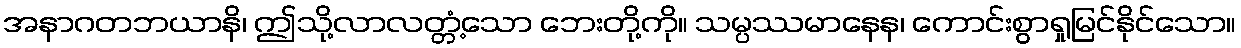
အနာဂတဘယာနိ၊ ဤသို့လာလတ္တံ့သော ဘေးတို့ကို။ သမ္ပဿမာနေန၊ ကောင်းစွာရှုမြင်နိုင်သော။